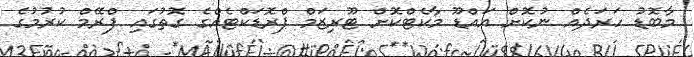
މާބޮޑު ހަރަދެއް ނުކޮށް އައްޑޫ މާކެޓްކޮށް ޓޫރިޒަމް ޕްރޮޑަކްޓެއްގެ ގޮތުގައި ފްރޭމް ކުރުމުގެ